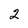
Character: 2